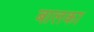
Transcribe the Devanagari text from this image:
बालका